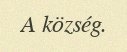
A község.